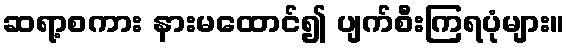
ဆရာ့စကား နားမထောင်၍ ပျက်စီးကြရပုံများ။